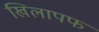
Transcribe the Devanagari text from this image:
खिलापफ